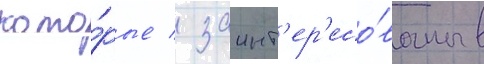
кото́рые / заинт'ер'есо́ваны в